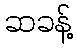
ဆခန့်